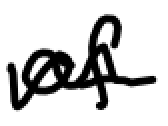
Text: of
Cross-out: wave
Writing tool: digital_black